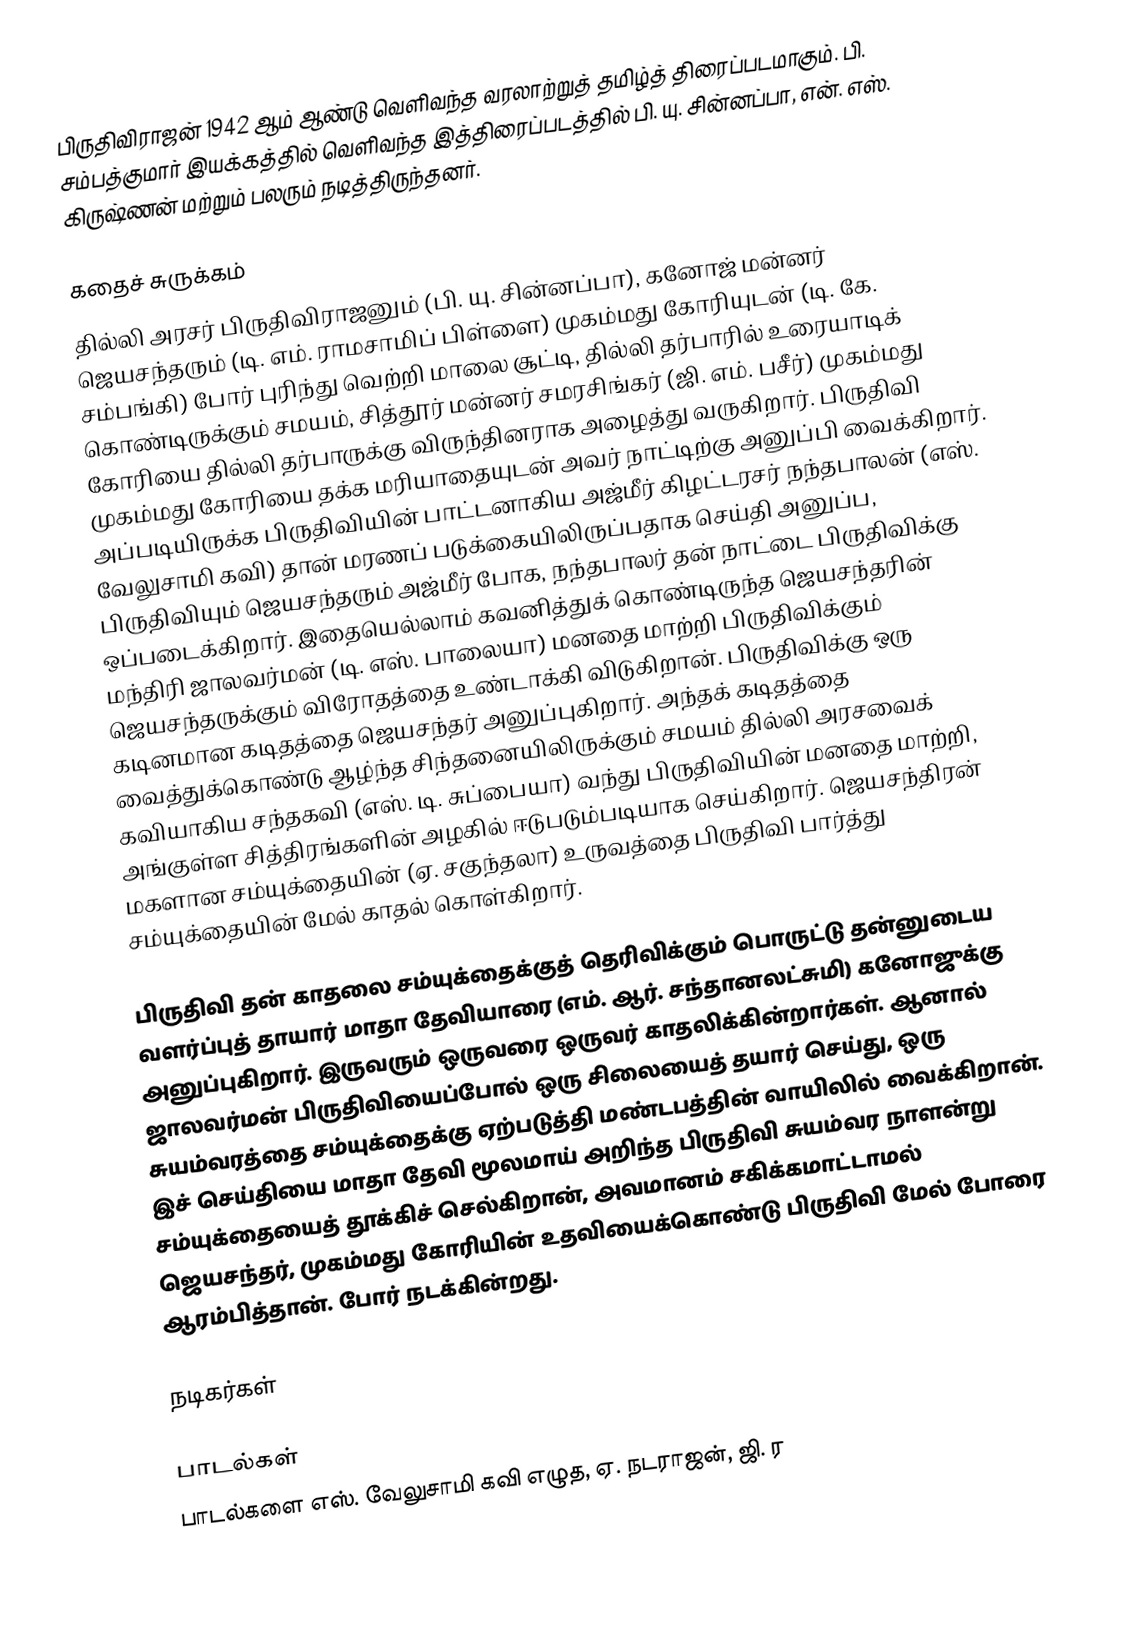
பிருதிவிராஜன் 1942 ஆம் ஆண்டு வெளிவந்த வரலாற்றுத் தமிழ்த் திரைப்படமாகும். பி. சம்பத்குமார் இயக்கத்தில் வெளிவந்த இத்திரைப்படத்தில் பி. யு. சின்னப்பா, என். எஸ். கிருஷ்ணன் மற்றும் பலரும் நடித்திருந்தனர்.

கதைச் சுருக்கம்
தில்லி அரசர் பிருதிவிராஜனும் (பி. யு. சின்னப்பா), கனோஜ் மன்னர் ஜெயசந்தரும் (டி. எம். ராமசாமிப் பிள்ளை) முகம்மது கோரியுடன் (டி. கே. சம்பங்கி) போர் புரிந்து வெற்றி மாலை சூட்டி, தில்லி தர்பாரில் உரையாடிக் கொண்டிருக்கும் சமயம், சித்தூர் மன்னர் சமரசிங்கர் (ஜி. எம். பசீர்) முகம்மது கோரியை தில்லி தர்பாருக்கு விருந்தினராக அழைத்து வருகிறார். பிருதிவி முகம்மது கோரியை தக்க மரியாதையுடன் அவர் நாட்டிற்கு அனுப்பி வைக்கிறார். அப்படியிருக்க பிருதிவியின் பாட்டனாகிய அஜ்மீர் கிழட்டரசர் நந்தபாலன் (எஸ். வேலுசாமி கவி) தான் மரணப் படுக்கையிலிருப்பதாக செய்தி அனுப்ப, பிருதிவியும் ஜெயசந்தரும் அஜ்மீர் போக, நந்தபாலர் தன் நாட்டை பிருதிவிக்கு ஒப்படைக்கிறார். இதையெல்லாம் கவனித்துக் கொண்டிருந்த ஜெயசந்தரின் மந்திரி ஜாலவர்மன் (டி. எஸ். பாலையா) மனதை மாற்றி பிருதிவிக்கும் ஜெயசந்தருக்கும் விரோதத்தை உண்டாக்கி விடுகிறான். பிருதிவிக்கு ஒரு கடினமான கடிதத்தை ஜெயசந்தர் அனுப்புகிறார். அந்தக் கடிதத்தை வைத்துக்கொண்டு ஆழ்ந்த சிந்தனையிலிருக்கும் சமயம் தில்லி அரசவைக் கவியாகிய சந்தகவி (எஸ். டி. சுப்பையா) வந்து பிருதிவியின் மனதை மாற்றி, அங்குள்ள சித்திரங்களின் அழகில் ஈடுபடும்படியாக செய்கிறார். ஜெயசந்திரன் மகளான சம்யுக்தையின் (ஏ. சகுந்தலா) உருவத்தை பிருதிவி பார்த்து சம்யுக்தையின் மேல் காதல் கொள்கிறார்.

பிருதிவி தன் காதலை சம்யுக்தைக்குத் தெரிவிக்கும் பொருட்டு தன்னுடைய வளர்ப்புத் தாயார் மாதா தேவியாரை (எம். ஆர். சந்தானலட்சுமி) கனோஜுக்கு அனுப்புகிறார். இருவரும் ஒருவரை ஒருவர் காதலிக்கின்றார்கள். ஆனால் ஜாலவர்மன் பிருதிவியைப்போல் ஒரு சிலையைத் தயார் செய்து, ஒரு சுயம்வரத்தை சம்யுக்தைக்கு ஏற்படுத்தி மண்டபத்தின் வாயிலில் வைக்கிறான். இச் செய்தியை மாதா தேவி மூலமாய் அறிந்த பிருதிவி சுயம்வர நாளன்று சம்யுக்தையைத் தூக்கிச் செல்கிறான், அவமானம் சகிக்கமாட்டாமல் ஜெயசந்தர், முகம்மது கோரியின் உதவியைக்கொண்டு பிருதிவி மேல் போரை ஆரம்பித்தான். போர் நடக்கின்றது.

நடிகர்கள்

பாடல்கள்
பாடல்களை எஸ். வேலுசாமி கவி எழுத, ஏ. நடராஜன், ஜி. ர